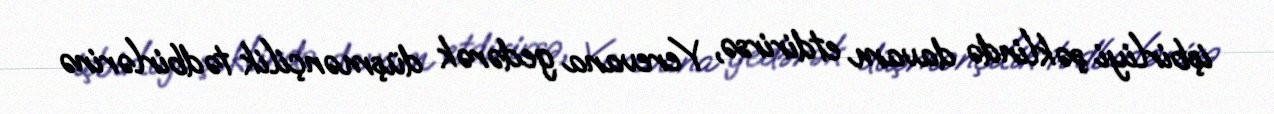
işbirliyi şəklində davam etdirirsə, Yerevana gedərək düşmənçilik tədbirlərinə